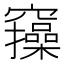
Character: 𥩃